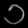
Digit: ၁